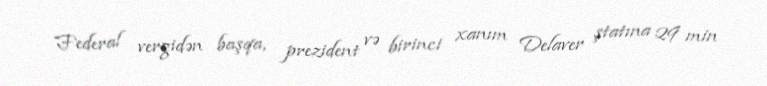
Federal vergidən başqa, prezident və birinci xanım Delaver ştatına 29 min